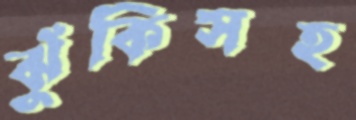
ঝুঁকিসহ